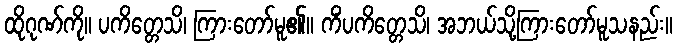
ထိုဂုဏ်ကို။ ပကိတ္တေသိ၊ ကြားတော်မူ၏။ ကိံပကိတ္တေသိ၊ အဘယ်သို့ကြားတော်မူသနည်း။